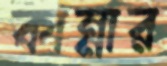
কান্নার